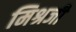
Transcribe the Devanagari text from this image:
मिश्रजी